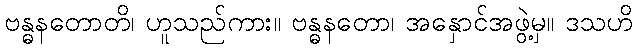
ဗန္ဓနတောတိ၊ ဟူသည်ကား။ ဗန္ဓနတော၊ အနှောင်အဖွဲ့မှ။ ဒသဟိ